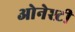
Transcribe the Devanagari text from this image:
ओनेश्टी